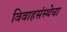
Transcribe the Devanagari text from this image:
विवाहसंस्थेचा